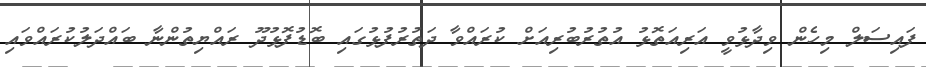
ފައިސަލް މިހެން ވިދާޅުވީ އަރިއަތޮޅު އުތުރުބުރިއަށް ކުރައްވާ ދަތުރުފުޅުގައި ބޮޑުފޮޅުދޫ ރައްޔިތުންނާ ބައްދަލުކުރައްވައި